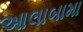
આલાબામા